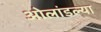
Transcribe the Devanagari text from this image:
ओलांडल्या